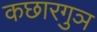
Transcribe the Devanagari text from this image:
कछारगुञ